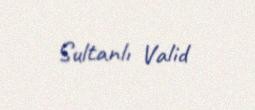
Sultanlı Valid